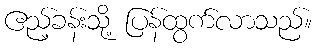
ဧည့်ခန်းသို့ ပြန်ထွက်လာသည်။